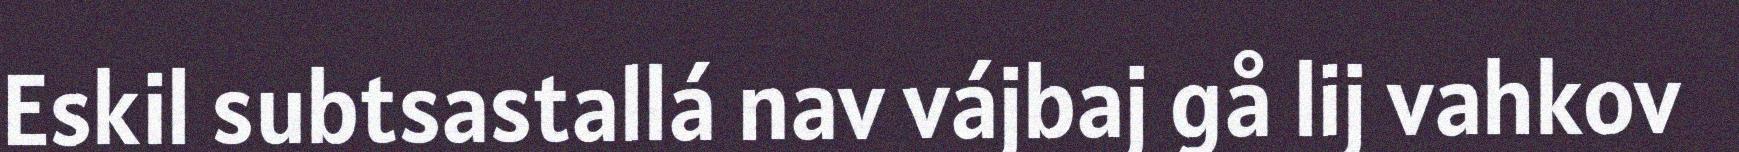
Eskil subtsastallá nav vájbaj gå lij vahkov